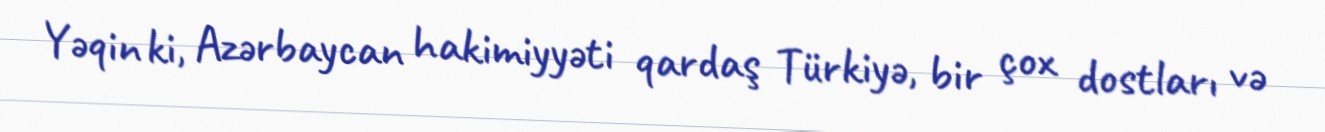
Yəqin ki, Azərbaycan hakimiyyəti qardaş Türkiyə, bir çox dostları və